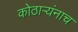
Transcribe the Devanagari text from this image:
कोठार्‍यंनाच